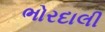
ભોરદાલી